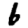
Digit: 6